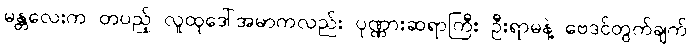
မန္တလေးက တပည့် လူထုဒေါ်အမာကလည်း ပုဏ္ဏားဆရာကြီး ဦးရာမနဲ့ ဗေဒင်တွက်ချက်